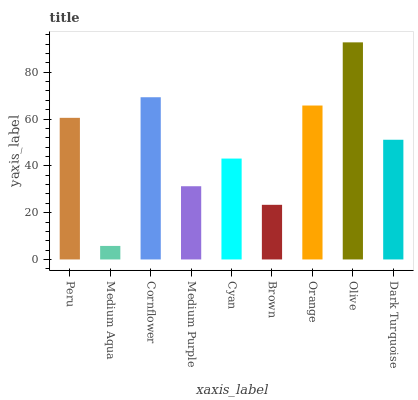
| xaxis_label | bars |
 | --- | --- |
 | Peru | 60.5 |
 | Medium Aqua | 5.78 |
 | Cornflower | 69.3 |
 | Medium Purple | 31.3 |
 | Cyan | 43.1 |
 | Brown | 23.3 |
 | Orange | 65.8 |
 | Olive | 92.8 |
 | Dark Turquoise | 51.1 |